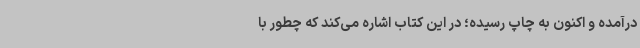
درآمده و اکنون به چاپ رسیده؛ در این کتاب اشاره می‌کند که چطور با